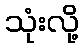
သုံးလို့